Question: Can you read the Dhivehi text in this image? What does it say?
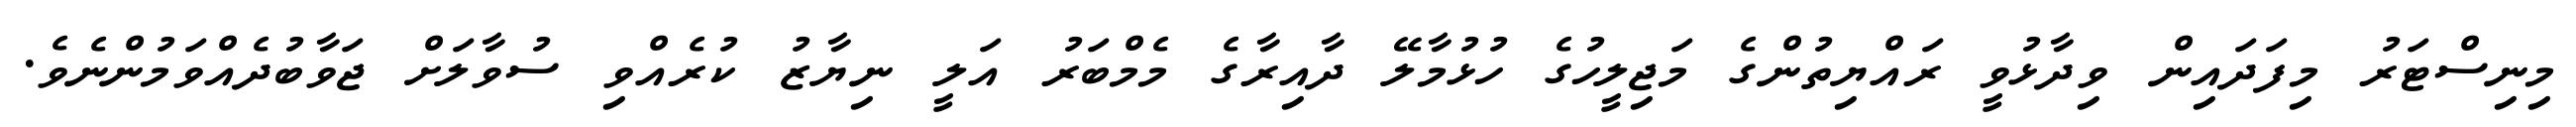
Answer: މިނިސްޓަރު މިފަދައިން ވިދާޅުވީ ރައްޔިތުންގެ މަޖިލީހުގެ ހުޅުމާލޭ ދާއިރާގެ މެމްބަރު އަލީ ނިޔާޒު ކުރެއްވި ސުވާލަށް ޖަވާބުދެއްވަމުންނެވެ.